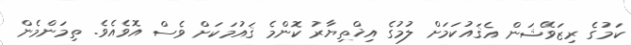
ކަމުގެ ރިޒަވޭޝަން އެޤައުކަމަށް ލުމުގެ އިޚްތިޔާރު ކޮންމެ ޤައުމަކަށް ވެސް އޮވެއެވެ. ތިމަންމެން